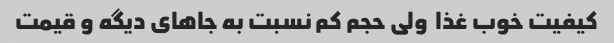
کیفیت خوب غذا  ولی حجم کم نسبت به جاهای دیگه و قیمت